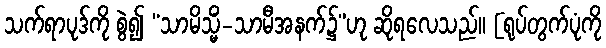
သက်ရာပုဒ်ကို စွဲ၍ “သာမိသ္မိံ-သာမီအနက်၌”ဟု ဆိုရလေသည်။ [ရုပ်တွက်ပုံကို